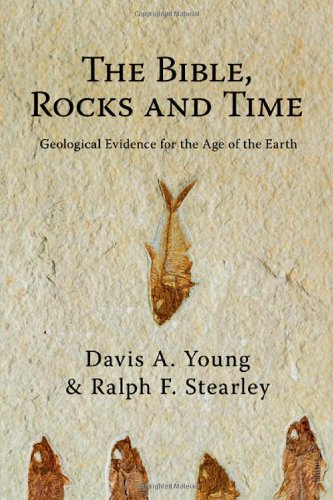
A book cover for The Bible, Rocks and Time: Geological Evidence for the Age of the Earth; Davis A. Young; Christian Books & Bibles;